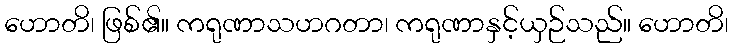
ဟောတိ၊ ဖြစ်၏။ ကရုဏာသဟဂတာ၊ ကရုဏာနှင့်ယှဉ်သည်။ ဟောတိ၊